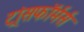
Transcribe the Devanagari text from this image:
ट्रांसफॉर्मर्स